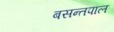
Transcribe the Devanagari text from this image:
बसन्तपाल